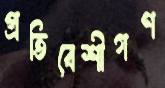
প্রতিবেশীগণ